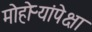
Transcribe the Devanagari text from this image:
मोहोऱ्यांपेक्षा